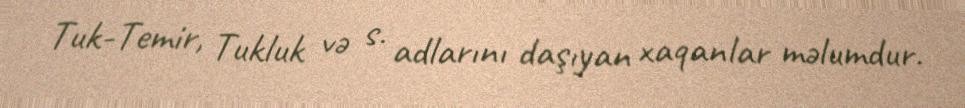
Tuk-Temir, Tukluk və s. adlarını daşıyan xaqanlar məlumdur.